Plague in India, 1896, 1897 - Volume 3
Year: 1896
Disease focus: Plague
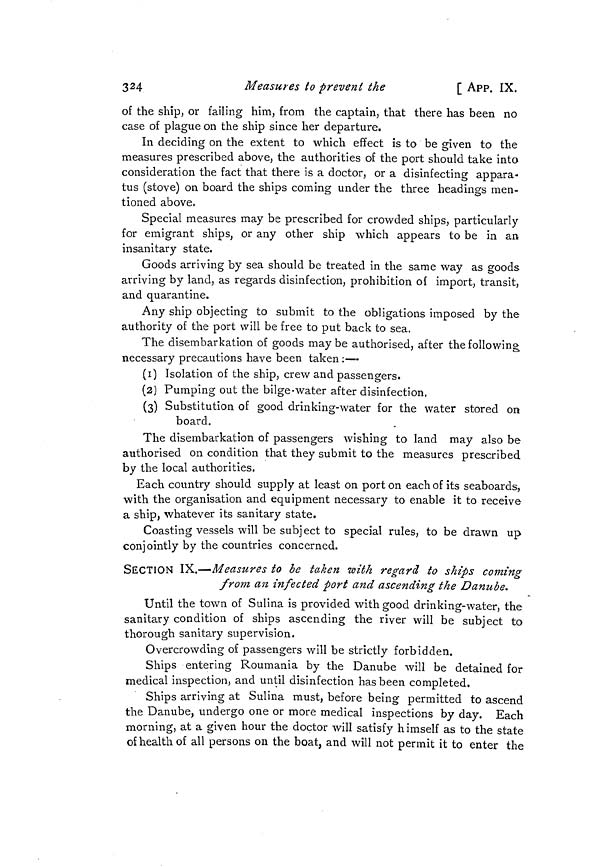
3 2 4
Measures to prevent the
[ APP. IX.
of the ship, or failing him, from the captain, that there has been no
case of plague on the ship since her departure.
In deciding on the extent to which effect is to be given to the
measures prescribed above, the authorities of the port should take into
consideration the fact that there is a doctor, or a disinfecting appara-
tus (stove) on board the ships coming under the three headings men-
tioned above.
Special measures may be prescribed for crowded ships, particularly
for emigrant ships, or any other ship which appears to be in an
insanitary state.
Goods arriving by sea should be treated in the same way as goods
arriving by land, as regards disinfection, prohibition oí import, transit,
and quarantine.
Any ship objecting to submit to the obligations imposed by the
authority of the port will be free to put back to sea.
The disembarkation of goods may be authorised, after the following
necessary precautions have been taken :—
(1) Isolation of the ship, crew and passengers.
(2) Pumping out the bilge-water after disinfection.
(3) Substitution of good drinking-water for the water stored on
board.
The disembarkation of passengers wishing to land may also be
authorised on condition that they submit to the measures prescribed
by the local authorities.
Each country should supply at least on port on each of its seaboards,
with the organisation and equipment necessary to enable it to receive
a ship, whatever its sanitary state.
Coasting vessels will be subject to special rules, to be drawn up
conjointly by the countries concerned.
SECTION IX.—Measures to be taken with regard to ships coming
from an infected port and ascending the Danube.
Until the town of Sulina is provided with good drinking-water, the
sanitary condition of ships ascending the river will be subject to
thorough sanitary supervision.
Overcrowding of passengers will be strictly forbidden.
Ships entering Roumania by the Danube will be detained for
medical inspection, and until disinfection has been completed.
Ships arriving at Sulina must, before being permitted to ascend
the Danube, undergo one or more medical inspections by day. Each
morning, at a given hour the doctor will satisfy h imself as to the state
of health of all persons on the boat, and will not permit it to enter the